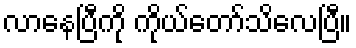
လာနေပြီကို ကိုယ်တော်သိလေပြီ။